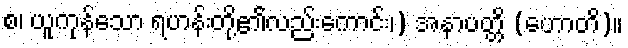
စ၊ ယူကုန်သော ရဟန်းတို့၏လည်းကောင်း၊) အနာပတ္တိ (ဟောတိ)။